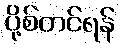
ပို့စ်တင်ရန်